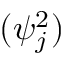
( \psi _ { j } ^ { 2 } )